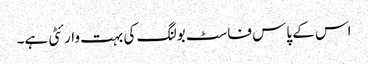
اس کے پاس فاسٹ بولنگ کی بہت وارئٹی ہے۔